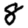
Digit: 8